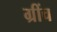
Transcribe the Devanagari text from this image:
ग्रींच